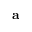
\mathbf { a }